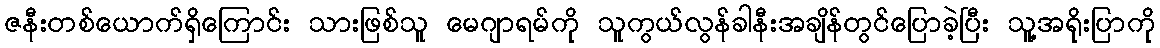
ဇနီးတစ်ယောက်ရှိကြောင်း သားဖြစ်သူ မေဂျာရမ်ကို သူကွယ်လွန်ခါနီးအချိန်တွင်ပြောခဲ့ပြီး သူ့အရိုးပြာကို